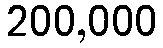
200,000